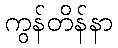
ကွန်တိန်နာ